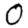
Digit: 0